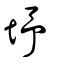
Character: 㘧